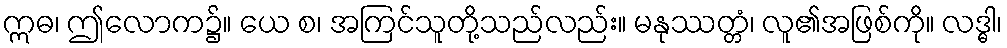
ဣဓ၊ ဤလောက၌။ ယေ စ၊ အကြင်သူတို့သည်လည်း။ မနုဿတ္တံ၊ လူ၏အဖြစ်ကို။ လဒ္ဓါ၊